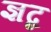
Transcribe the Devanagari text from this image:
ज्ञब्द